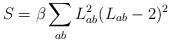
LaTeX: \begin{align*}S = \beta \sum_{ab} L_{ab}^2 (L_{ab} - 2)^2\end{align*}